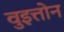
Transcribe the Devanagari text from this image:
वुइत्तोन